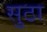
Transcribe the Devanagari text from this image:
सुठा